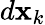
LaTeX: d{\mathbf x}_{k}